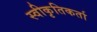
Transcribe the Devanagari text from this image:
स्वीकृतिकर्ता